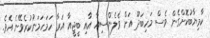
ކާމިޔާބުކޮށްގެން ވެސް މަހިބަދޫ އަށް ވެލެންސިއާ އާއި ބީޖީއާ އަރާ ހަމަހަމަނުކުރެވޭނެ އެވެ.